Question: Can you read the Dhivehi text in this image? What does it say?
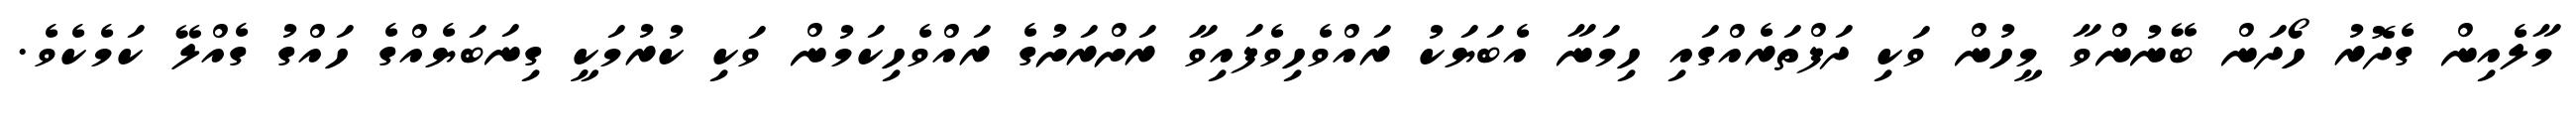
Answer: މާލެއިން ގެދޮރު ހޯދަން ބޭނުންވާ މީހުން ވަކި ދަފްތަރެއްގައި ހިމަނާ އެބަޔަކު ރައްވެހިވެފައިވާ ރަށްރަށުގެ ރައްވެހިކަމުން ވަކި ކުރުމަކީ ގިނަބަޔެއްގެ ހައްގު ގެއްލޭ ކަމެކެވެ.